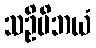
သဦမိဘယံ